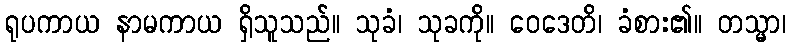
ရုပကာယ နာမကာယ ရှိသူသည်။ သုခံ၊ သုခကို။ ဝေဒေတိ၊ ခံစား၏။ တသ္မာ၊